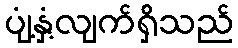
ပျံ့နှံ့လျက်ရှိသည်